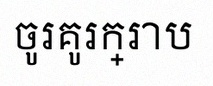
ចូរគូរក្រាប